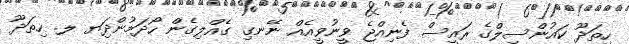
ހިތަދޫ ކައުންސިލްގެ ރައީސް ފެނިއްޖެ ވީނުވީއެއް ނޭނގި ގެއްލިގެން ހޯދަމުންދިަޔ ލ. ހިތަދޫ